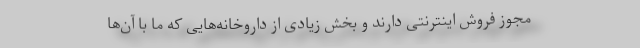
مجوز فروش اینترنتی دارند و بخش زیادی از داروخانه‌هایی که ما با آن‌ها